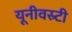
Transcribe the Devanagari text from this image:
यूनीवस्र्टी